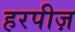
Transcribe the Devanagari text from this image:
हरपीज़